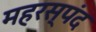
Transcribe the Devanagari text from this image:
महरस्पंद